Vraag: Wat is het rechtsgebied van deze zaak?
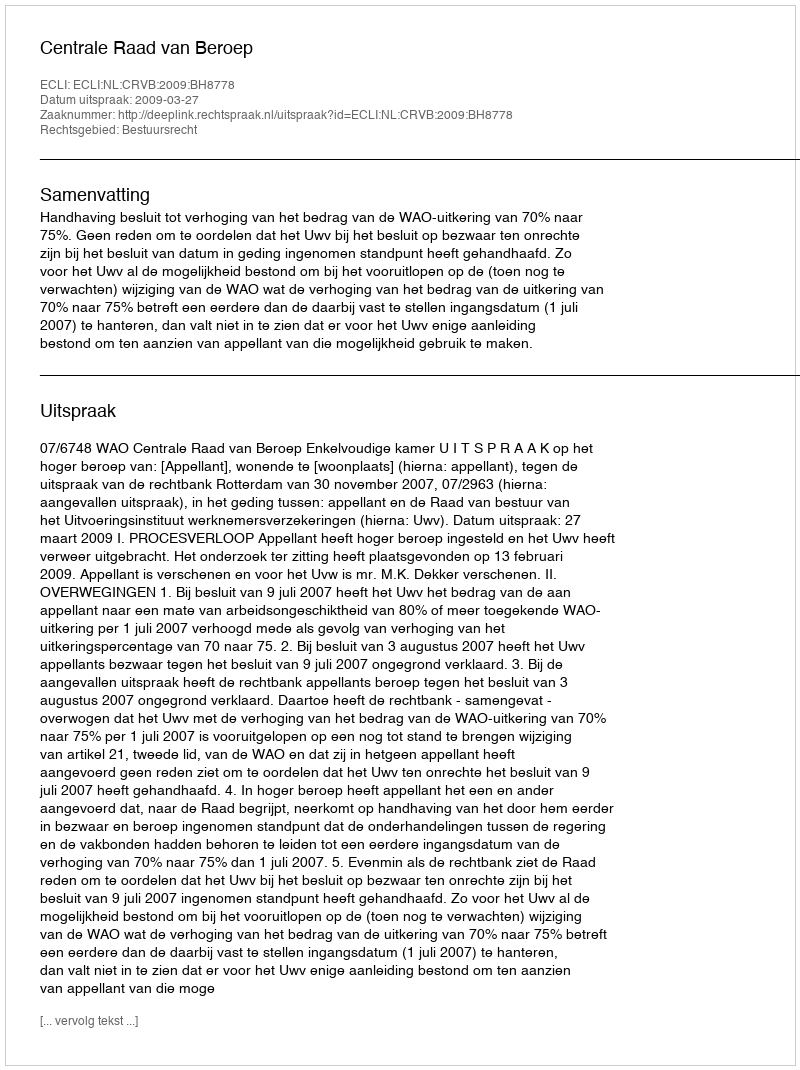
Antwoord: Bestuursrecht